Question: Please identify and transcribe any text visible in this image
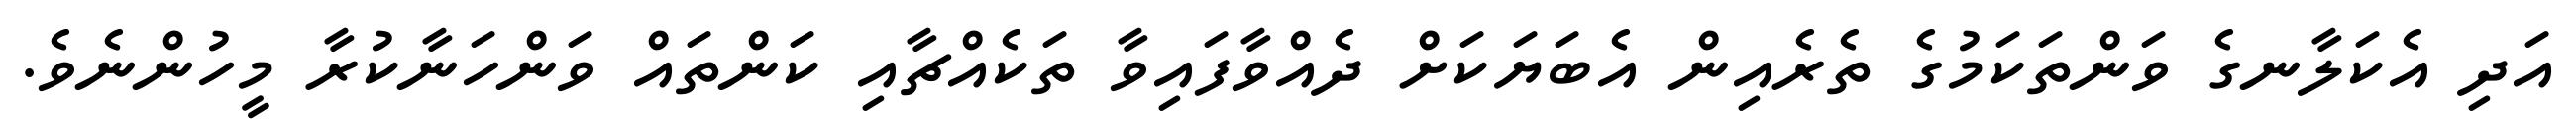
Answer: އަދި އެކަލާނގެ ވަންތަކަމުގެ ތެރެއިން އެބަޔަކަށް ދެއްވާފައިވާ ތަކެއްޗާއި ކަންތައް ވަންހަނާކުރާ މީހުންނެވެ.